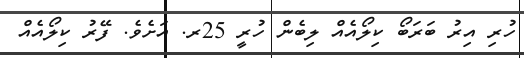
ހުރި އިރު ބަރަބޯ ކިލޯއެއް ލިބެން ހުރީ 25ރ. އަށެވެ. ފޭރު ކިލޯއެއް